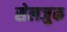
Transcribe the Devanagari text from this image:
सेलजुक